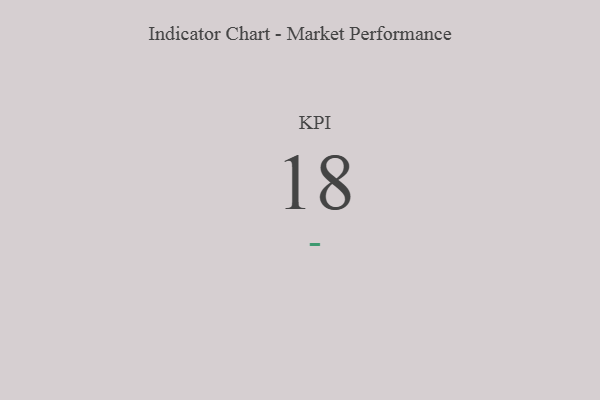
{"axis": {"x": "KPI", "y": "Value"}, "legend": [""], "data": [{"x": "KPI", "y": 18, "type": ""}]}